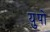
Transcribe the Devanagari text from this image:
युपो